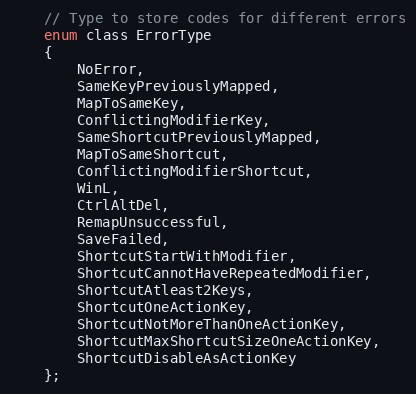
Language: C
    // Type to store codes for different errors
    enum class ErrorType
    {
        NoError,
        SameKeyPreviouslyMapped,
        MapToSameKey,
        ConflictingModifierKey,
        SameShortcutPreviouslyMapped,
        MapToSameShortcut,
        ConflictingModifierShortcut,
        WinL,
        CtrlAltDel,
        RemapUnsuccessful,
        SaveFailed,
        ShortcutStartWithModifier,
        ShortcutCannotHaveRepeatedModifier,
        ShortcutAtleast2Keys,
        ShortcutOneActionKey,
        ShortcutNotMoreThanOneActionKey,
        ShortcutMaxShortcutSizeOneActionKey,
        ShortcutDisableAsActionKey
    };